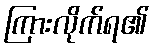
ကြားလိုက်ရ၏